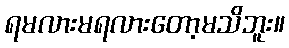
ရမလားမရလားတော့မသိဘူး။